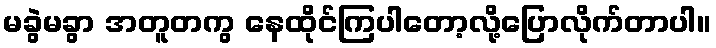
မခွဲမခွာ အတူတကွ နေထိုင်ကြပါတော့လို့ပြောလိုက်တာပါ။